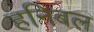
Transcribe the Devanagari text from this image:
हनिबल